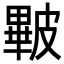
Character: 𥀕